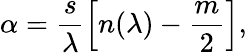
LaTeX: \alpha=\frac{s}{\lambda}\left[n(\lambda)-\frac{m}{2}\right],